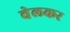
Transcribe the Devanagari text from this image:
वेलकर